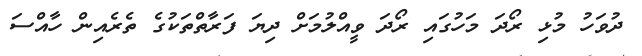
ދުވަހު މުޅި ރޯދަ މަހުގައި ރޯދަ ވީއްލުމަށް ދިޔަ ފަރާތްތަކުގެ ތެރެއިން ހާއްސަ